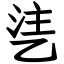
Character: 乼